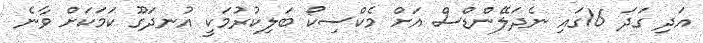
އަދި ގަދަ 16ގައި ނެދަލޭންޑްސް އަށް މެކްސިކޯ ބަލިކުރުމަކީ އުނދަގޫ ކަމަކަށް ވާނެ